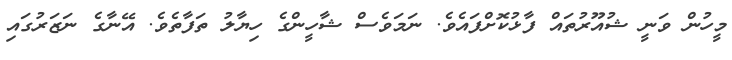
މީހުން ވަނީ ޝުއޫރުތައް ފާޅުކޮށްފައެެވެ. ނަމަވެސް ޝާހީންގެ ހިޔާލު ތަފާތެވެ. އޭނާގެ ނަޒަރުގައި